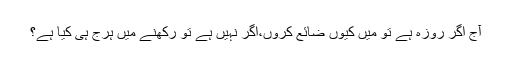
آج اگر روزہ ہے تو میں کیوں ضائع کروں،اگر نہیں ہے تو رکھنے میں ہرج ہی کیا ہے؟